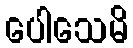
ပေါသေမိ